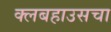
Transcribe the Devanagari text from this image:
क्लबहाउसचा